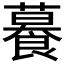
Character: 𦿉